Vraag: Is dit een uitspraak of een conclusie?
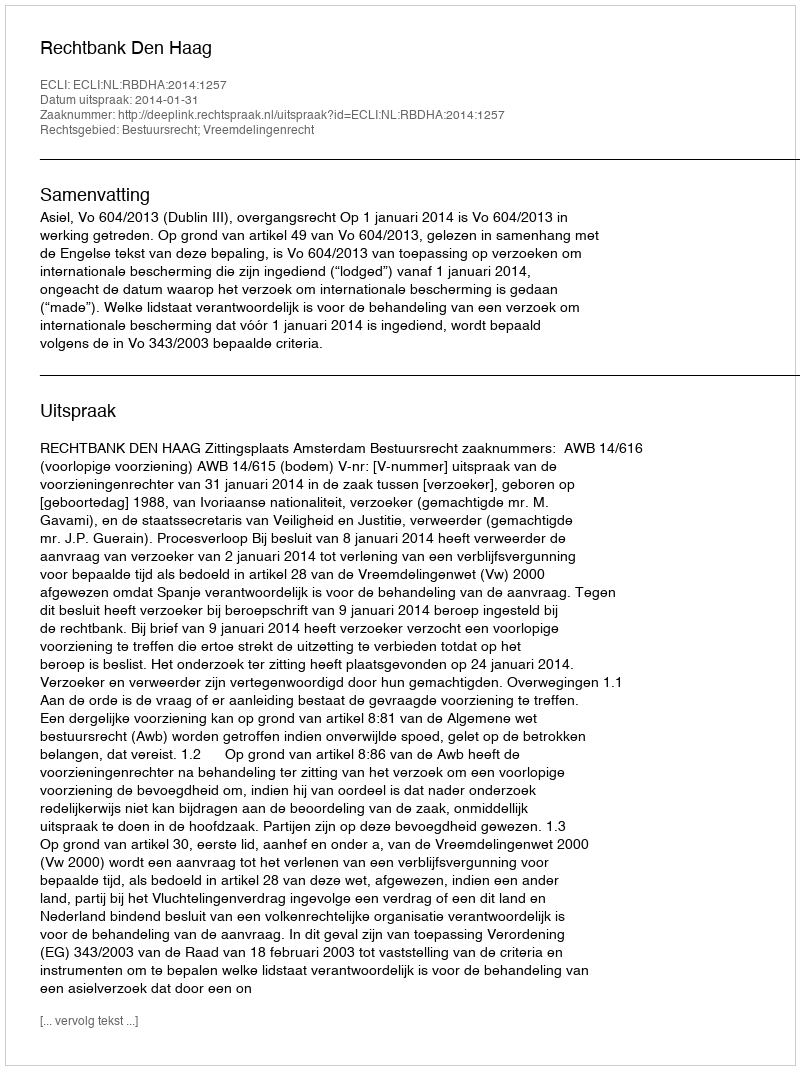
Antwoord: Uitspraak